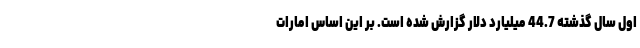
اول سال گذشته 44.7 میلیارد دلار گزارش شده است. بر این اساس امارات